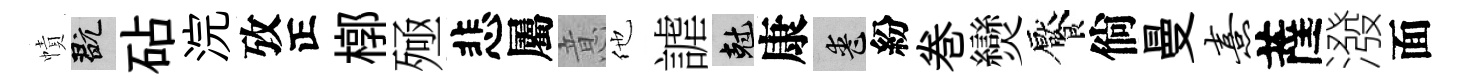
幘玩砧浣攷正槨殛悲屬意他謔剋康喪紛巻𤓖饜倘曼熹薩潑面